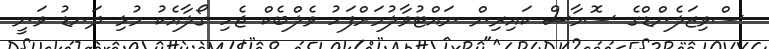
ސްވިޒަލެންޑްގެ ސޮމާސް ކައިރިން ނައްޓުވާލުމަށްފަހު ވެލްބެކް ޖެހި ގޯލާއެކު މުޅި ދަނޑު ވަނީ